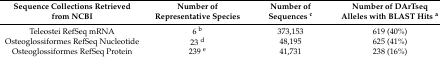
| Sequence Collections Retrieved from NCBI | Number of Representative Species | Number of Sequences c | Number of DArTseq Alleles with BLAST Hits a |
 | --- | --- | --- | --- |
 | Teleostei RefSeq mRNA | 6 b | 373,153 | 619 (40%) |
 | Osteoglossiformes RefSeq Nucleotide | 23 d | 48,195 | 625 (41%) |
 | Osteoglossiformes RefSeq Protein | 239 e | 41,731 | 238 (16%) |